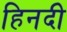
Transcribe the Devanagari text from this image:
हिनदी